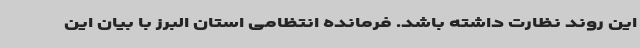
این روند نظارت داشته باشد. فرمانده انتظامی استان البرز با بیان این